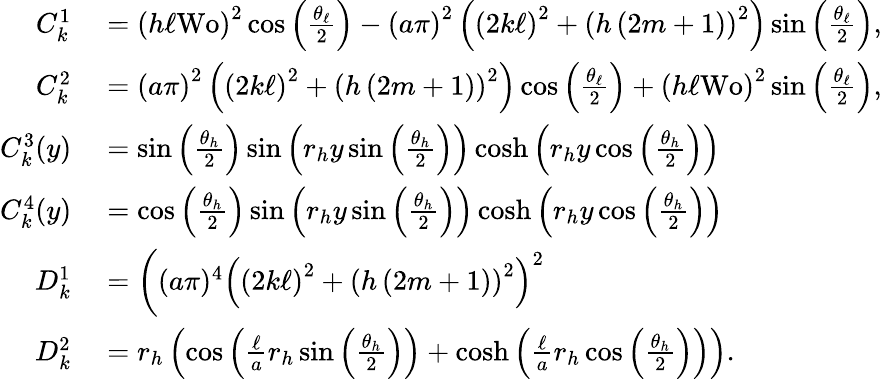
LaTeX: \begin{array}{rl}{C_{k}^{1}}&{{}=\left(h\ell\textrm{Wo}\right)^{2}\cos\left(\frac{\theta_{\ell}}{2}\right)-\left(a\pi\right)^{2}\left(\left(2k\ell\right)^{2}+\left(h\left(2m+1\right)\right)^{2}\right)\sin\left(\frac{\theta_{\ell}}{2}\right),}\\ {C_{k}^{2}}&{{}=\left(a\pi\right)^{2}\left(\left(2k\ell\right)^{2}+\left(h\left(2m+1\right)\right)^{2}\right)\cos\left(\frac{\theta_{\ell}}{2}\right)+\left(h\ell\textrm{Wo}\right)^{2}\sin\left(\frac{\theta_{\ell}}{2}\right),}\\ {C_{k}^{3}(y)}&{{}=\sin\left(\frac{\theta_{h}}{2}\right)\sin\left(r_{h}y\sin\left(\frac{\theta_{h}}{2}\right)\right)\cosh\left(r_{h}y\cos\left(\frac{\theta_{h}}{2}\right)\right)}\\ {C_{k}^{4}(y)}&{{}=\cos\left(\frac{\theta_{h}}{2}\right)\sin\left(r_{h}y\sin\left(\frac{\theta_{h}}{2}\right)\right)\cosh\left(r_{h}y\cos\left(\frac{\theta_{h}}{2}\right)\right)}\\ {D_{k}^{1}}&{{}=\bigg((a\pi)^{4}\left(\left(2k\ell\right)^{2}+\left(h\left(2m+1\right)\right)^{2}\right)^{2}}\\ {D_{k}^{2}}&{{}=r_{h}\left(\cos\left(\frac{\ell}{a}r_{h}\sin\left(\frac{\theta_{h}}{2}\right)\right)+\cosh\left(\frac{\ell}{a}r_{h}\cos\left(\frac{\theta_{h}}{2}\right)\right)\right).}\end{array}